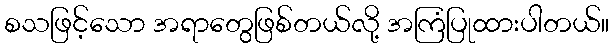
စသဖြင့်သော အရာတွေဖြစ်တယ်လို့ အကြံပြုထားပါတယ်။